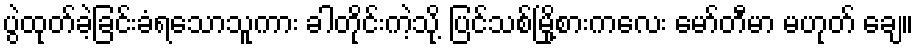
ပွဲထုတ်ခဲ့ခြင်းခံရသောသူကား ခါတိုင်းကဲ့သို့ ပြင်သစ်မြို့စားကလေး မော်တီမာ မဟုတ် ချေ။